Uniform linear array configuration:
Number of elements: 32
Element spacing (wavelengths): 0.75
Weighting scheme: exponential
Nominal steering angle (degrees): -30
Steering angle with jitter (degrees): -28.53
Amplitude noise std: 0.05
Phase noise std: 0.05

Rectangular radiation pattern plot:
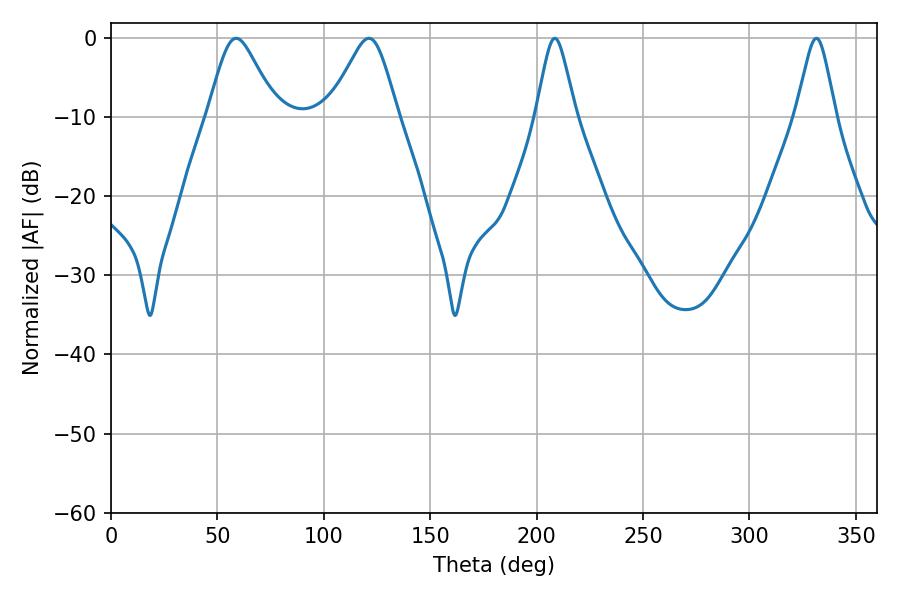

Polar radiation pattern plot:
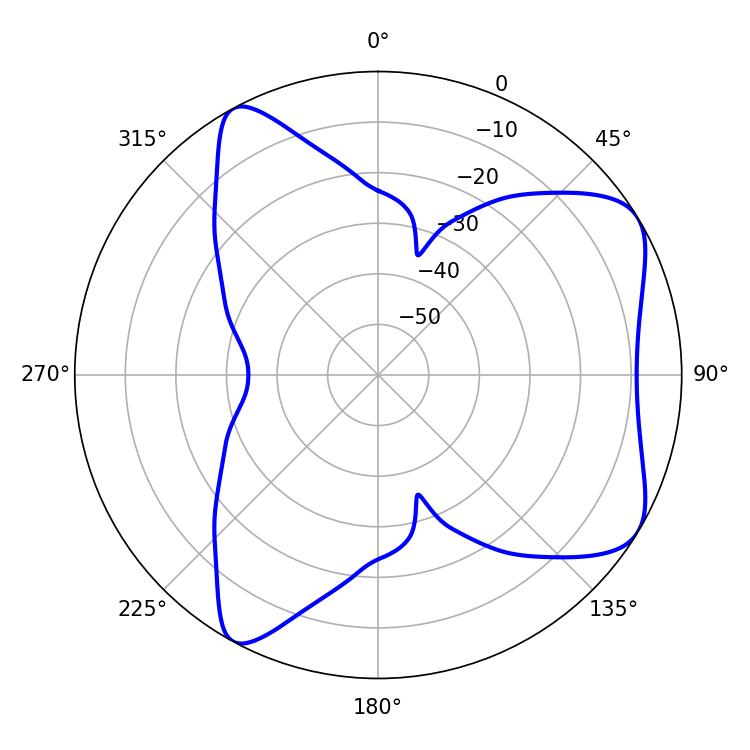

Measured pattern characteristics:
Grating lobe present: TRUE
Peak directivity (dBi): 6.804
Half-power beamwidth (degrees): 15.66
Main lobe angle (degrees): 58.86